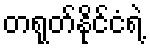
တရုတ်နိုင်ငံရဲ့